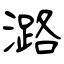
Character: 潞